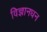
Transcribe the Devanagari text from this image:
विज्ञानधन